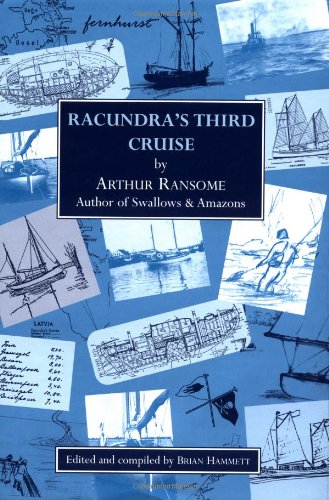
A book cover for Racundra's Third Cruise; Arthur Ransome; Travel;